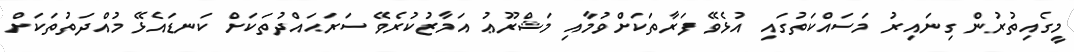
މީގެއިތުރުން ގިނައިރު މަސައްކަތުގައި އުޅެވޭ ފަރާތަކަށްވުމާއި މަޝްރޫޢު އަމާޒުކުރެވޭ ސަރަޙައްދުތަކަށް ކަނޑައެޅޭ މުއްދަތުތަކަށް